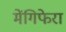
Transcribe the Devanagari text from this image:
मेंगिफेरा